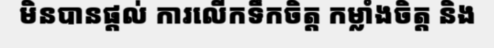
មិនបានផ្តល់ ការលើកទឹកចិត្ត កម្លាំងចិត្ត និង